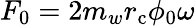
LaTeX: F_{0}=2m_{w}r_{\mathrm{c}}\phi_{0}\omega